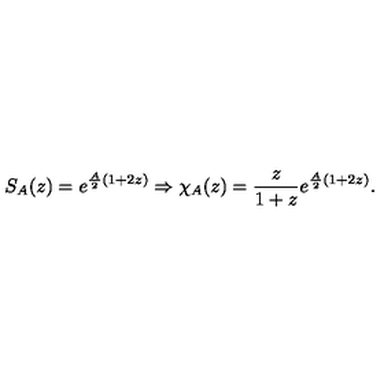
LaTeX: S _ { A } ( z ) = e ^ { \frac { A } { 2 } ( 1 + 2 z ) } \Rightarrow \chi _ { A } ( z ) = \frac { z } { 1 + z } e ^ { \frac { A } { 2 } ( 1 + 2 z ) } .